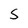
Character: S